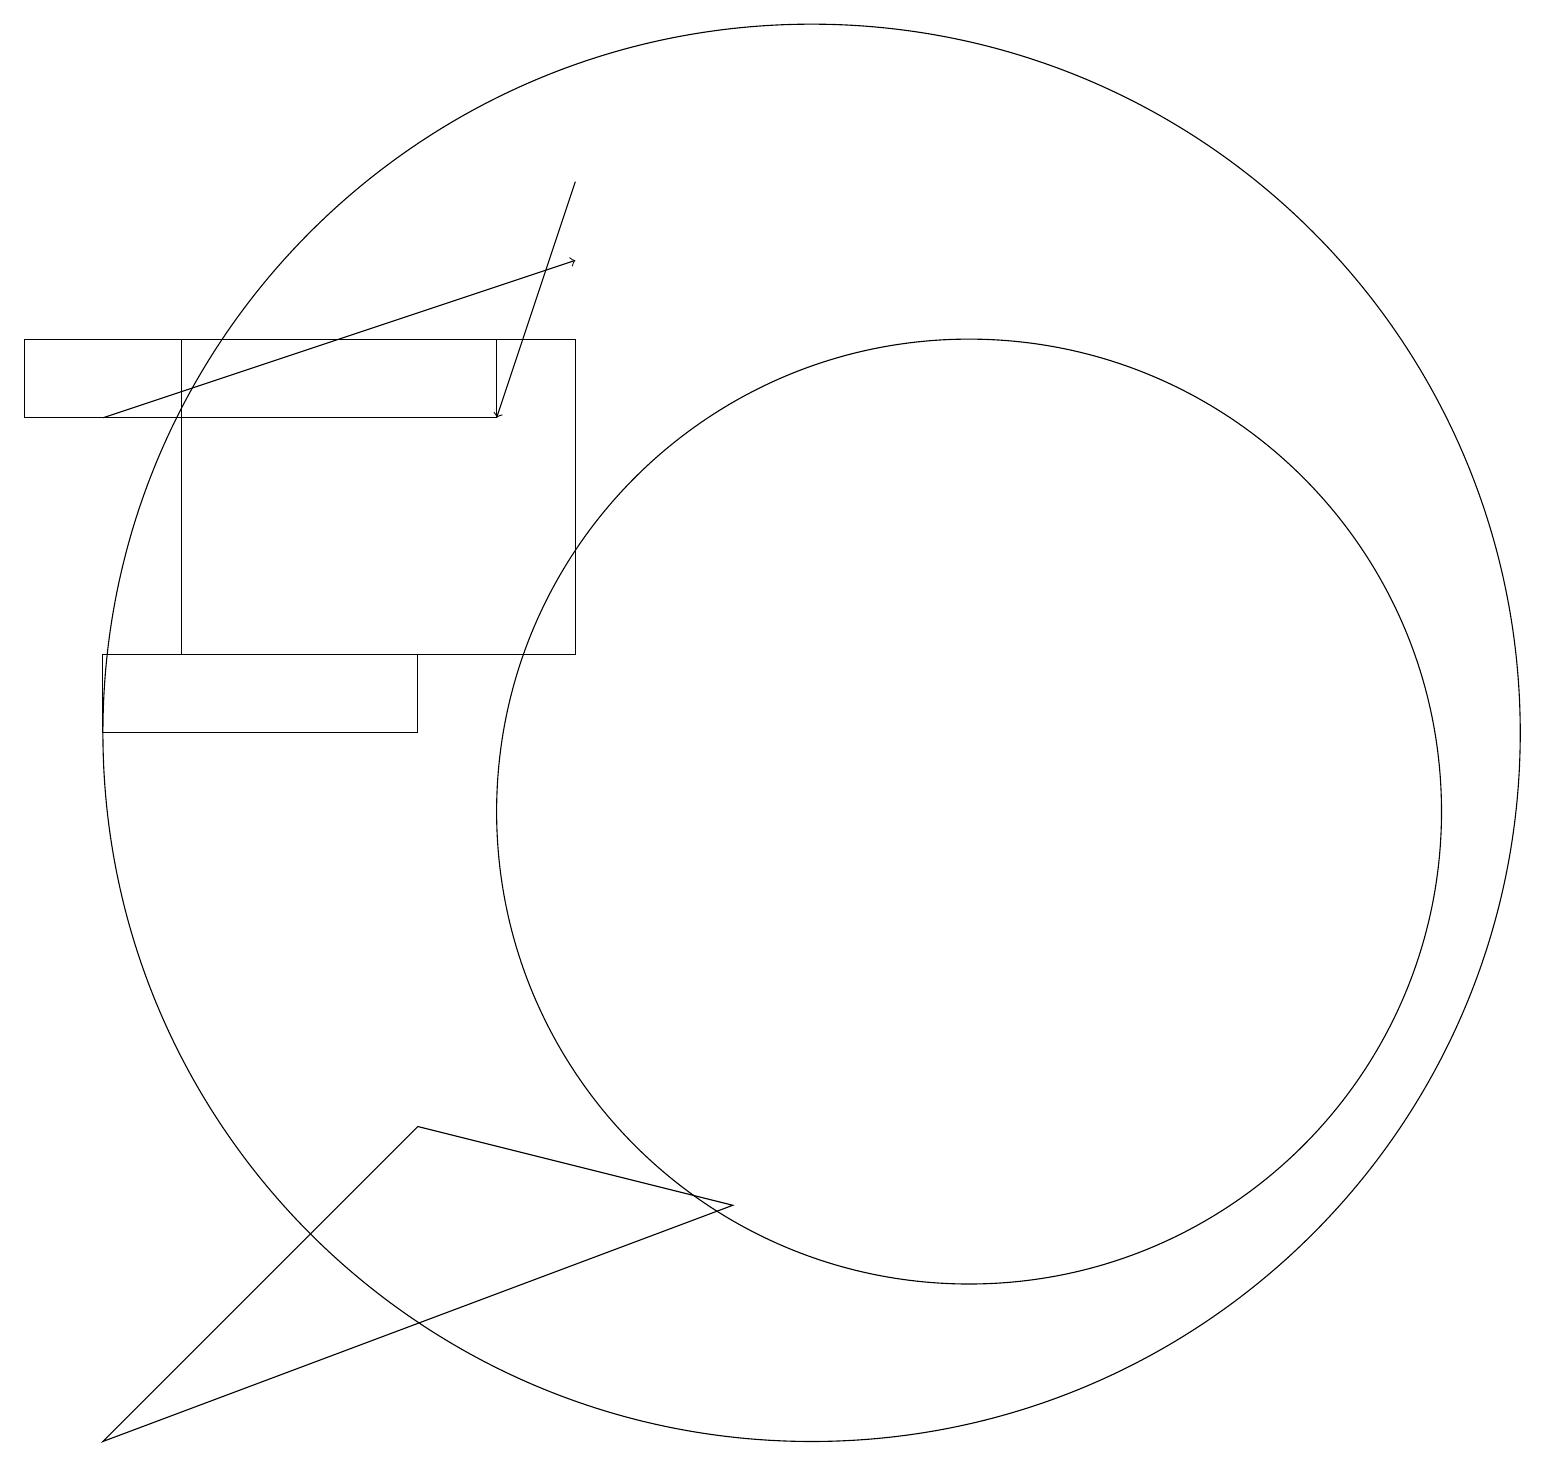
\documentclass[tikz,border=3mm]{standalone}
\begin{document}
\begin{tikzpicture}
\draw (1,2) -- (5,6) -- (9,5) -- cycle;
\draw[->] (1,15) -- (7,17);
\draw (5,11) rectangle (1,12);
\draw (6,16) rectangle (0,15);
\draw (12,10) circle (6);
\draw (10,11) circle (9);
\draw (2,12) rectangle (7,16);
\draw[->] (7,18) -- (6,15);
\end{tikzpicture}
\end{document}